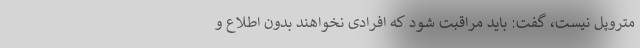
متروپل نیست، گفت: باید مراقبت شود که افرادی نخواهند بدون اطلاع و